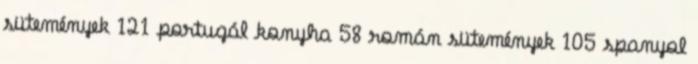
sütemények 121 portugál konyha 58 román sütemények 105 spanyol